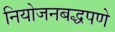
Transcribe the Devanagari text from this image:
नियोजनबद्धपणे